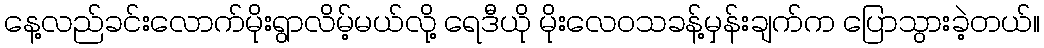
နေ့လည်ခင်းလောက်မိုးရွာလိမ့်မယ်လို့ ရေဒီယို မိုးလေဝသခန့်မှန်းချက်က ပြောသွားခဲ့တယ်။